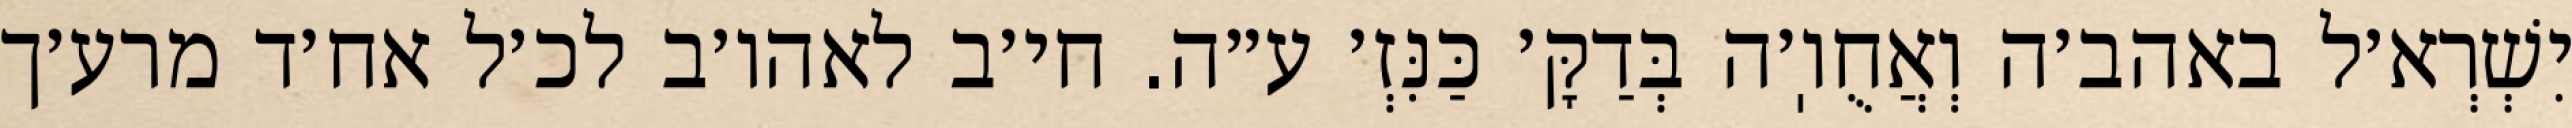
יִשְׁרְא׳ל באהב׳ה וְאֲחֻוֽ׳ה בְּדַקָּ׳ כַּנִּזְ׳ ע״ה. חי׳ב לאהו׳ב לכ׳ל אח׳ד מרע׳ך